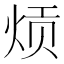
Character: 𬊎